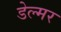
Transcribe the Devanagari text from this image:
डेल्मर